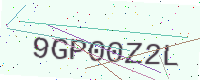
Text: 9GP00Z2L